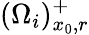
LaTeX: (\Omega_{i})_{x_{0},r}^{+}